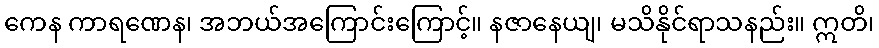
ကေန ကာရဏေန၊ အဘယ်အကြောင်းကြောင့်။ နဇာနေယျ၊ မသိနိုင်ရာသနည်း။ ဣတိ၊